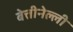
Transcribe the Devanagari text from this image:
बेत्तीनेल्ली